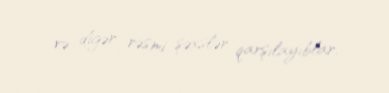
və digər rəsmi şəxslər qarşılayıblar.